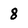
Character: 8